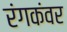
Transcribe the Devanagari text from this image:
रंगकंवर